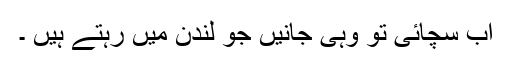
اب سچائی تو وہی جانیں جو لندن میں رہتے ہیں ۔